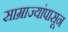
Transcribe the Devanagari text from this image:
साम्राज्यांपासून